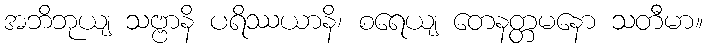
အဘိဘုယျ သဗ္ဗာနိ ပရိဿယာနိ၊ စရေယျ တေနတ္တမနော သတီမာ။